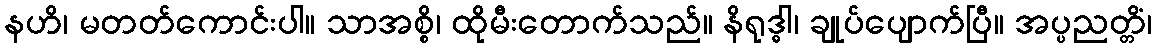
နဟိ၊ မတတ်ကောင်းပါ။ သာအစ္စိ၊ ထိုမီးတောက်သည်။ နိရုဒ္ဓါ၊ ချုပ်ပျောက်ပြီ။ အပ္ပညတ္တိံ၊